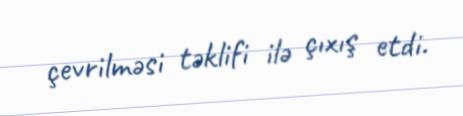
çevrilməsi təklifi ilə çıxış etdi.